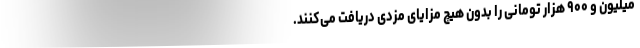
میلیون و ۹۰۰ هزار تومانی را بدون هیچ مزایای مزدی دریافت می‌کنند.